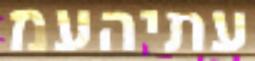
עתיהעמ